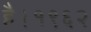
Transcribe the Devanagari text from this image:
है।१९६२